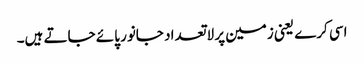
اسی کرے یعنی زمین پر لاتعداد جانور پائے جاتے ہیں۔